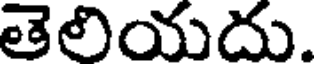
తెలియదు.